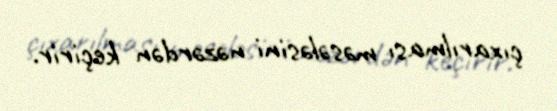
çıxarılması məsələsini nəzərdən keçirir.